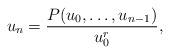
LaTeX: \begin{align*}u_n = \frac{P(u_0,\ldots ,u_{n-1})}{u_0^r}, \end{align*}